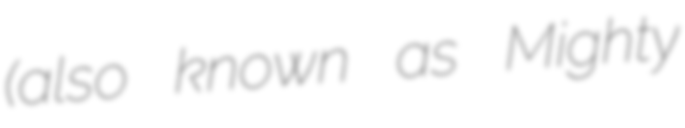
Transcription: (also known as Mighty